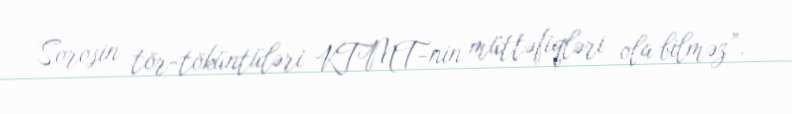
Sorosin tör-töküntüləri KTMT-nin müttəfiqləri ola bilməz”.